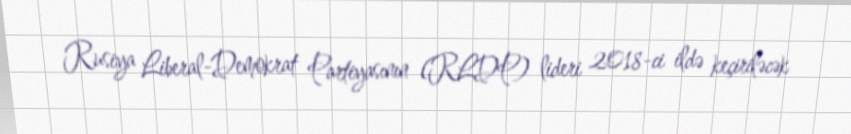
Rusiya Liberal-Demokrat Partiyasının (RLDP) lideri 2018-ci ildə keçiriləcək